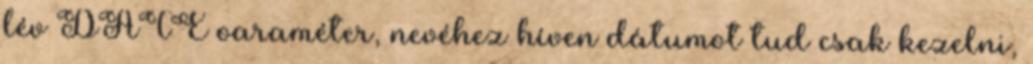
lév DATE oaraméter, nevéhez híven dátumot tud csak kezelni,